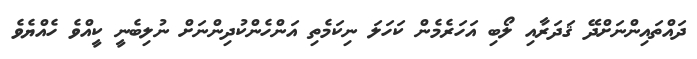
ދައްތައިންނަށްދޭ ޤަދަރާއި ލޯބި އަހަރެމެން ކަހަލަ ނިކަމެތި އަންހެންކުދިންނަށް ނުލިބެނީ ކީއްވެ ހެއްޔެވެ